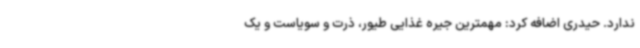
ندارد. حیدری اضافه کرد: مهمترین جیره غذایی طیور، ذرت و سویاست و یک